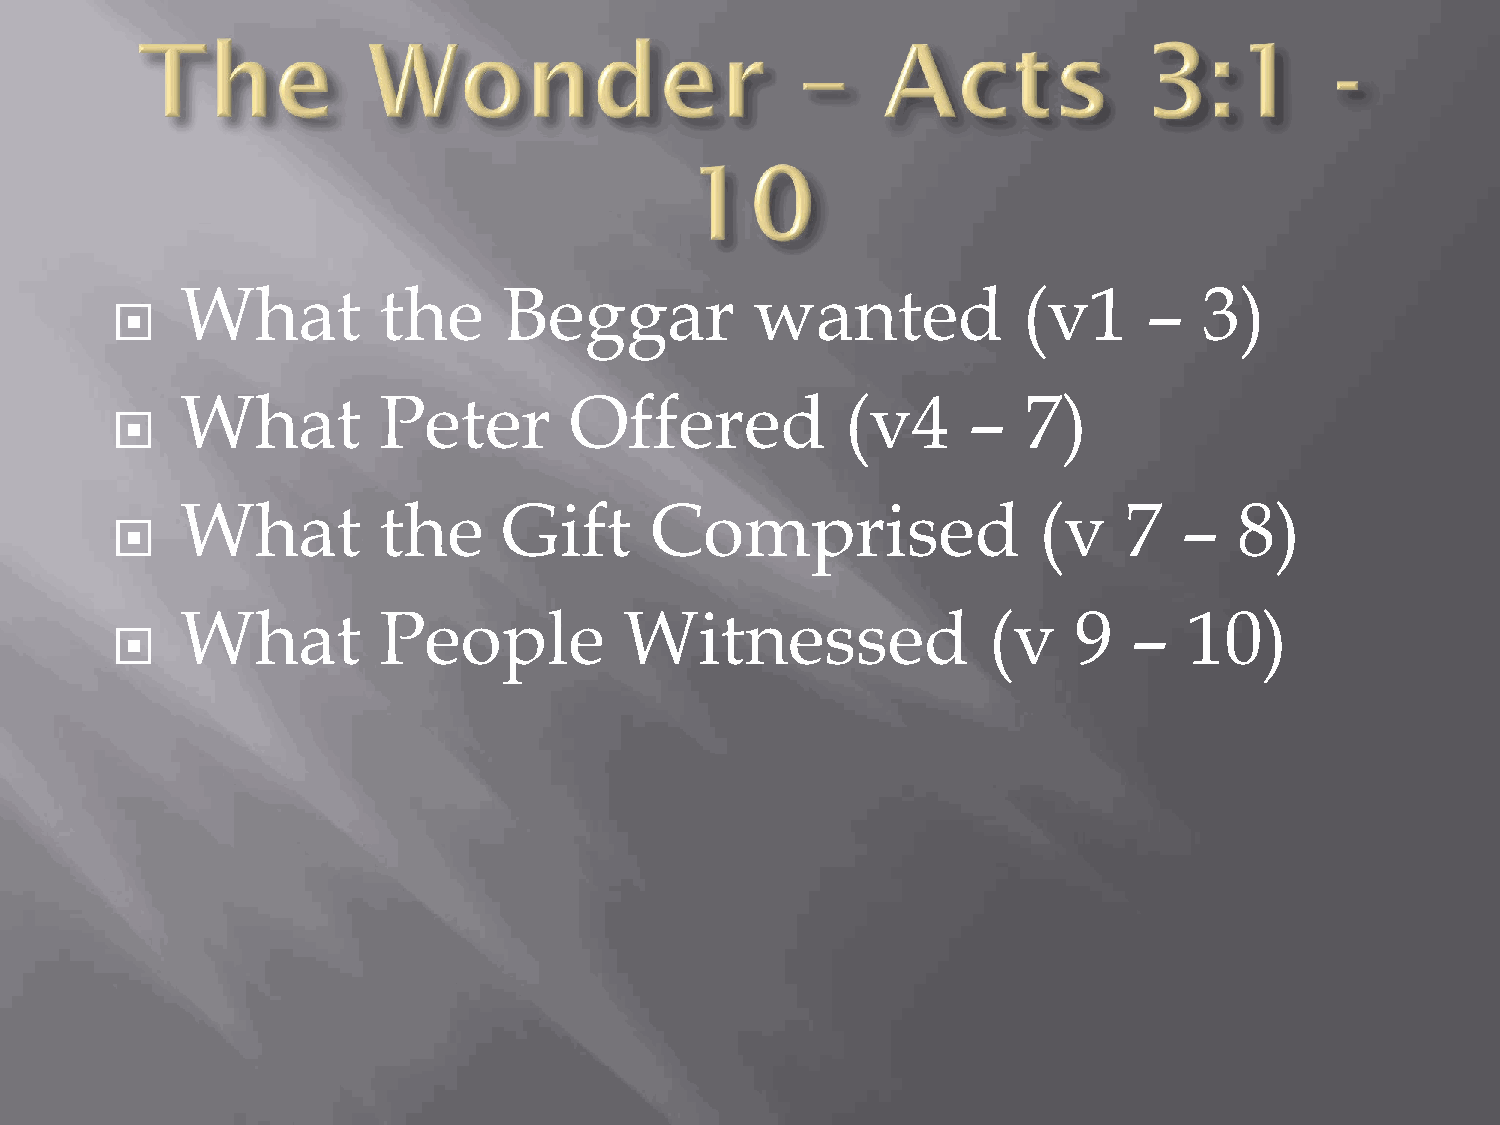
What         the     Beggar           wanted            (v1     –   3)
 
 What         Peter        Offered           (v4     –   7)
 
 What         the     Gift      Comprised                 (v   7   –   8)
 
 What         People          Witnessed               (v    9   –   10)
 